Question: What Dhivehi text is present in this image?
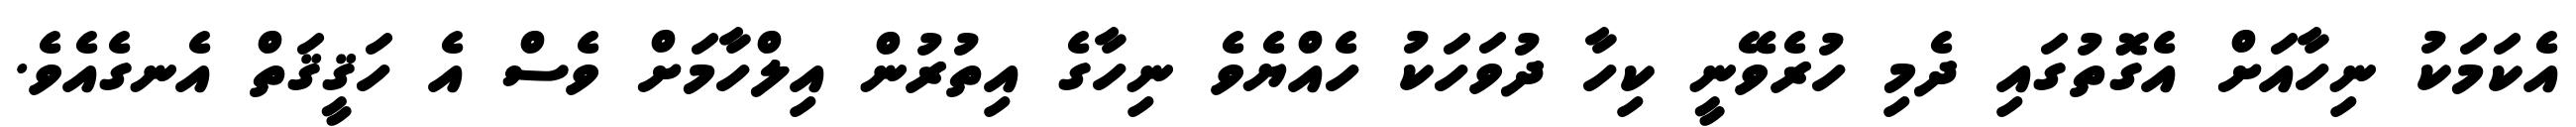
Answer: އެކަމަކު ނިހާއަށް އެގޮތުގައި ދެމި ހުރެވޭނީ ކިހާ ދުވަހަކު ހެއްޔެވެ ނިހާގެ އިތުރުން އިލްހާމަށް ވެސް އެ ހަޤީޤަތް އެނގެއެވެ.